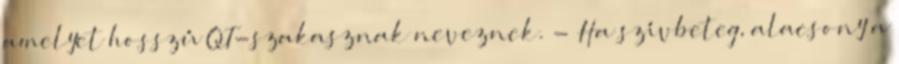
amelyet hosszú QT-szakasznak neveznek. - Ha szívbeteg, alacsony a